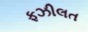
ફઝીલત